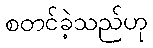
စတင်ခဲ့သည်ဟု